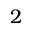
2